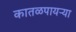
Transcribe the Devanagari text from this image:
कातळपायऱ्या